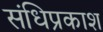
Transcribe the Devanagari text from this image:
संधिप्रकाश